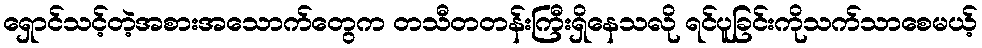
ရှောင်သင့်တဲ့အစားအသောက်တွေက တသီတတန်းကြီးရှိနေသလို ရင်ပူခြင်းကိုသက်သာစေမယ့်